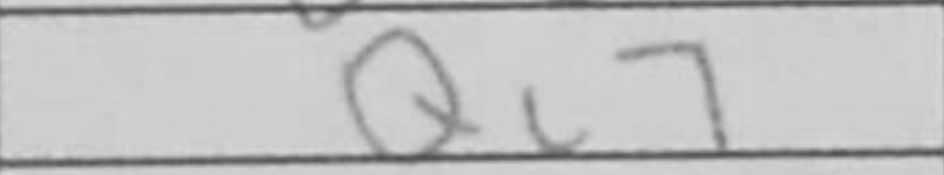
Transcription: Qc7